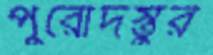
পুরোদস্তুর